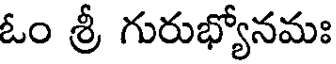
ఓం శ్రీ గురుభ్యోనమః